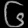
Digit: ၆